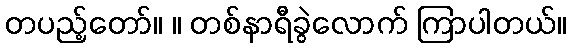
တပည့်တော်။ ။ တစ်နာရီခွဲလောက် ကြာပါတယ်။